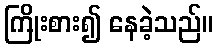
ကြိုးစား၍ နေခဲ့သည်။